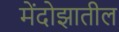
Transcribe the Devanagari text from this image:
मेंदोझातील